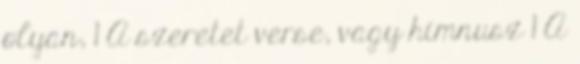
olyan, 1 A szeretet verse, vagy himnusz 1 A